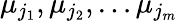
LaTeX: \mu_{j_{1}},\mu_{j_{2}},\dots\mu_{j_{m}}